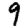
Digit: 9